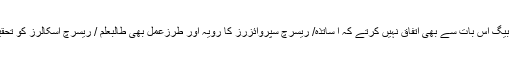
پروفیسر ڈاکٹر افتخار احمد بیگ اس بات سے بھی اتفاق نہیں کرتے کہ ا ساتذہ/ ریسرچ سپروائزرز کا رویہ اور طرزعمل بھی طالبعلم / ریسرچ اسکالرز کو تحقیق سے متنفر کر دیتا ہے ۔